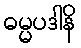
ဓမ္မပဒါနိ